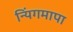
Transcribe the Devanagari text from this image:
न्यिंगमापा